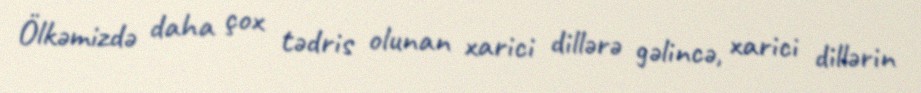
Ölkəmizdə daha çox tədris olunan xarici dillərə gəlincə, xarici dillərin